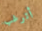
أترغب